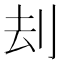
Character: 刦